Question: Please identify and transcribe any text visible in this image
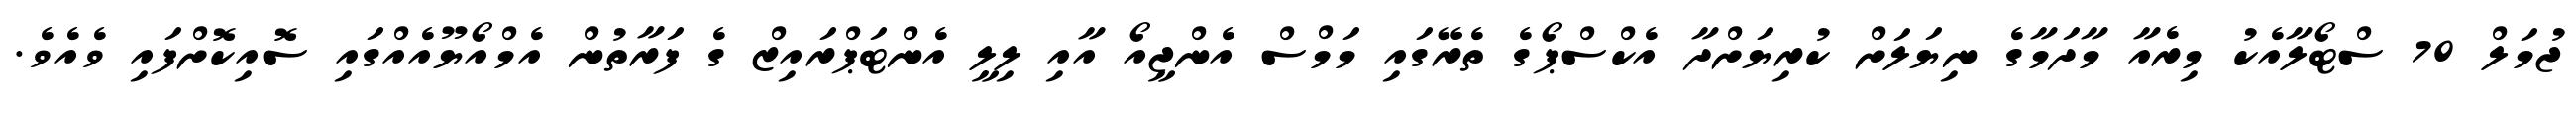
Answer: ޖުމަލް 70 ސްޓޯލާއެކު މިރެއާ މާދަމާގެ ނިޔަލަށް ކުރިޔަށްދާ އެކްސްޕޯގެ ތެރޭގައި މަމްސް އެންޖީއޯ އާއި ލިލީ އެންޓަޕްރައިޒް ގެ ފަރާތުން އެމްއޯޔޫއެއްގައި ސޮއިކޮށްފައި ވެއެވެ.